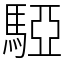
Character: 𩤃